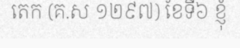
តេក (គ.ស ១២៩៧) ខែទី៦ ខ្ញុំ